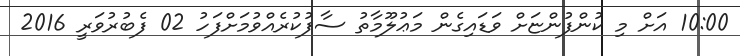
10:00 އަށް މި ކުންފުންޏަށް ވަޑައިގެން މަޢުލޫމާތު ސާފުކުރެއްވުމަށްފަހު 02 ފެބުރުވަރީ 2016